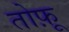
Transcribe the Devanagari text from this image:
तोफ़ू